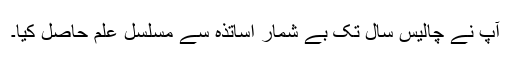
آپ نے چالیس سال تک بے شمار اساتذہ سے مسلسل علم حاصل کیا۔